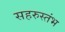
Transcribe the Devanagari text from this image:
सहरुस्तंभ